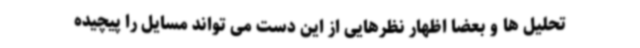
تحلیل ها و بعضا اظهار نظرهایی از این دست می تواند مسایل را پیچیده